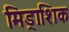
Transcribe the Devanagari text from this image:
मिड्राशिक